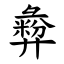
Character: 彜